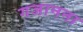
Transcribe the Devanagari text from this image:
गजानना